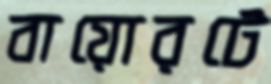
বায়োরটে